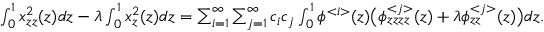
\begin{array} { r } { \int _ { 0 } ^ { 1 } x _ { z z } ^ { 2 } ( z ) d z - \lambda \int _ { 0 } ^ { 1 } x _ { z } ^ { 2 } ( z ) d z = \sum _ { i = 1 } ^ { \infty } \sum _ { j = 1 } ^ { \infty } c _ { i } c _ { j } \int _ { 0 } ^ { 1 } \phi ^ { < i > } ( z ) \big ( \phi _ { z z z z } ^ { < j > } ( z ) + \lambda \phi _ { z z } ^ { < j > } ( z ) \big ) d z . } \end{array}